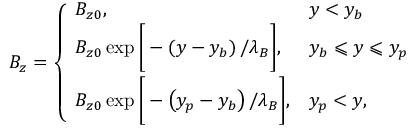
B _ { z } = \left\{ \begin{array} { l l } { B _ { z 0 } , } & { y < y _ { b } } \\ { B _ { z 0 } \exp \Bigg [ - \left( y - y _ { b } \right) / \lambda _ { B } \Bigg ] , } & { y _ { b } \leqslant y \leqslant y _ { p } } \\ { B _ { z 0 } \exp \Bigg [ - \left( y _ { p } - y _ { b } \right) / \lambda _ { B } \Bigg ] , } & { y _ { p } < y , } \end{array} \right.